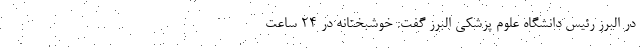
در البرز رئیس دانشگاه علوم پزشکی البرز گفت: خوشبختانه در ۲۴ ساعت